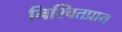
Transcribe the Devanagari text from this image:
निश्चितप्राय